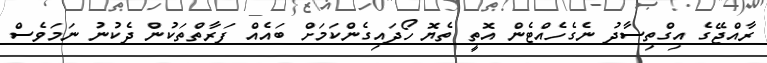
ރާއްޖޭގެ އިގްތިސާދު ނެގެހެއްޓެން އޮތީ ތެޔޮ ހޯދައިގެންކަމަށް ބައެއް ފަރާތްތަކުން ދެކުނު ނަމަވެސް